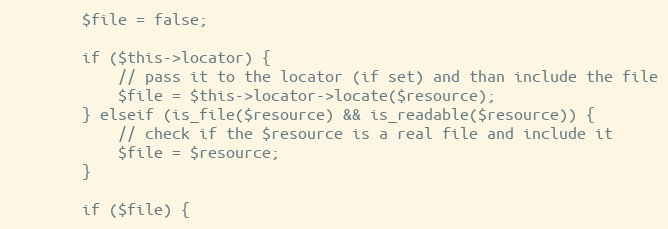
Language: PHP
        $file = false;

        if ($this->locator) {
            // pass it to the locator (if set) and than include the file
            $file = $this->locator->locate($resource);
        } elseif (is_file($resource) && is_readable($resource)) {
            // check if the $resource is a real file and include it
            $file = $resource;
        }

        if ($file) {